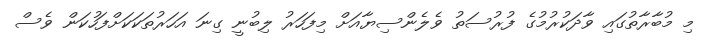
މި މުބާރާތުގައި ވާދަކުރުމުގެ ފުރުސަތު ވެލެންސިޔާއަށް މިފަހަރު ލިބުނީ ގިނަ އަހަރުތަކަކަށްފަހުކަން ވެސް